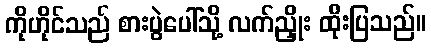
ကိုဟိုင်သည် စားပွဲပေါ်သို့ လက်ညှိုး ထိုးပြသည်။